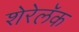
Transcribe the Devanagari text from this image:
शेरेलॅक